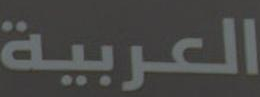
العربية